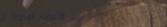
محل بيع الأدوات اليدوية و